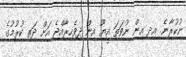
ނުކުރާނެ. އދ އިން ނުވަތަ އީޔޫ އިން ދިވެހިރާއްޖެ އަށް ދަތި ކުރުމުގެ